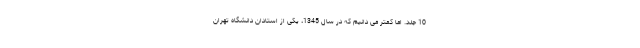
10 جلد. اما کمتر می دانیم که در سال 1345، یکی از استادان دانشگاه تهران